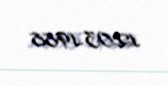
12.03.1988